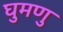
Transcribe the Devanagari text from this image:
घुमणु